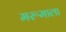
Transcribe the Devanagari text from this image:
मरूमाला